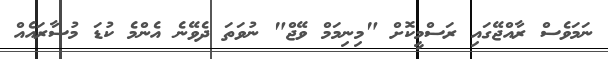
ނަމަވެސް ރާއްޖޭގައި ރަސްމީކޮށް "މިނިމަމް ވޭޖް" ނުވަތަ ދެވޭނެ އެންމެ ކުޑަ މުސާރައެއް